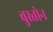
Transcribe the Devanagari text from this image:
बुस्तोन